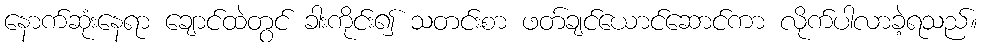
နောက်ဆုံးနေရာ ချောင်ထဲတွင် ခါးကိုင်း၍ သတင်းစာ ဖတ်ချင်ယောင်ဆောင်ကာ လိုက်ပါလာခဲ့ရသည်။